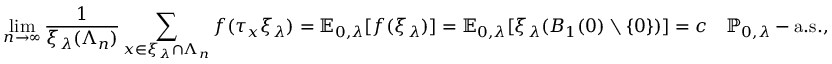
\operatorname* { l i m } _ { n \rightarrow \infty } \frac { 1 } { \xi _ { \lambda } ( \Lambda _ { n } ) } \sum _ { x \in \xi _ { \lambda } \cap \Lambda _ { n } } f ( \tau _ { x } \xi _ { \lambda } ) = { \ensuremath { \mathbb E } } _ { 0 , \lambda } [ f ( \xi _ { \lambda } ) ] = { \ensuremath { \mathbb E } } _ { 0 , \lambda } [ \xi _ { \lambda } ( B _ { 1 } ( 0 ) \setminus \{ 0 \} ) ] = c \quad { \ensuremath { \mathbb P } } _ { 0 , \lambda } - \mathrm { a . s . } ,